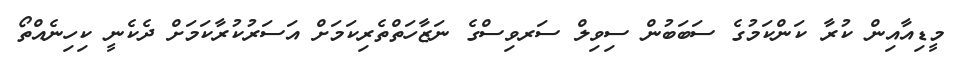
މީޑިއާއިން ކުރާ ކަންކަމުގެ ސަބަބުން ސިވިލް ސަރވިސްގެ ނަޒާހަތްތެރިކަމަށް އަސަރުކުރާކަމަށް ދެކެނީ ކިހިނެއްތޯ